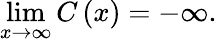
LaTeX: \operatorname*{lim}_{x\rightarrow\infty}C\left(x\right)=-\infty.